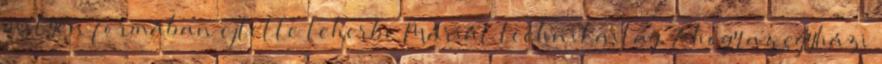
milyen formában ejtette teherbe Máriát technikailag. Ahogy az egyházi